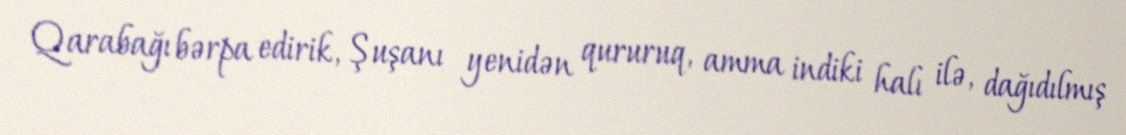
Qarabağı bərpa edirik, Şuşanı yenidən qururuq, amma indiki halı ilə, dağıdılmış